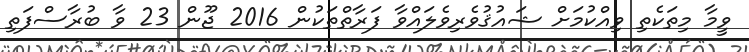
ވީމާ މިތަކެތި ވިއްކުމަށް ޝައުޤުވެރިވެލައްވާ ފަރާތްތަކުން 2016 ޖޫން 23 ވާ ބުރާސްފަތި